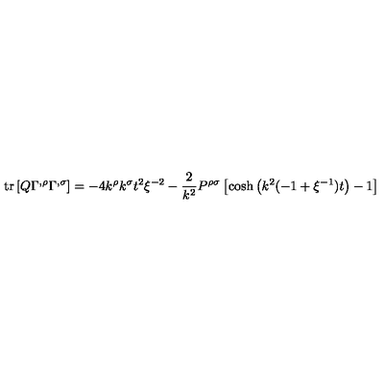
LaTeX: \mathrm { t r } \left[ Q \Gamma ^ { , \rho } \Gamma ^ { , \sigma } \right] = - 4 k ^ { \rho } k ^ { \sigma } t ^ { 2 } \xi ^ { - 2 } - \frac { 2 } { k ^ { 2 } } P ^ { \rho \sigma } \left[ \cosh \left( k ^ { 2 } ( - 1 + \xi ^ { - 1 } ) t \right) - 1 \right]